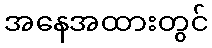
အနေအထားတွင်